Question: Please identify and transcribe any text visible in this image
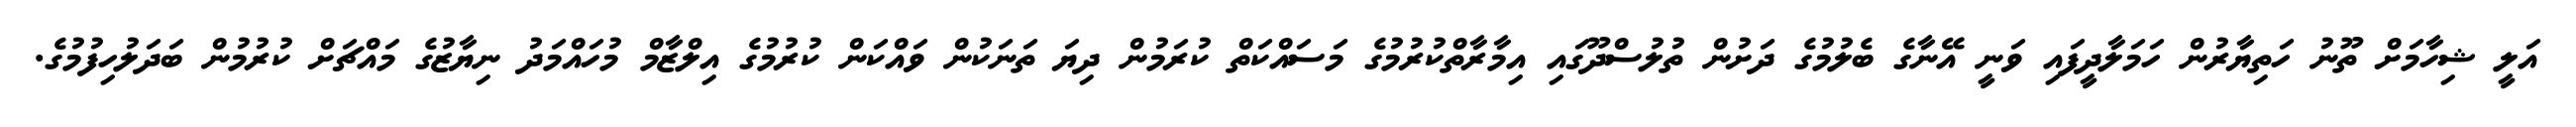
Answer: އަލީ ޝިހާމަށް ތޫނު ހަތިޔާރުން ހަމަލާދީފައި ވަނީ އޭނާގެ ބެލުމުގެ ދަށުން ތުލުސްދޫގައި އިމާރާތްކުރުމުގެ މަސައްކަތް ކުރަމުން ދިޔަ ތަނަކުން ވައްކަން ކުރުމުގެ އިލްޒާމް މުހައްމަދު ނިޔާޒުގެ މައްޗަށް ކުރުމުން ބަދަލުހިފުމުގެ.